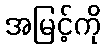
အမြင့်ကို